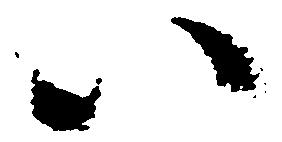
い